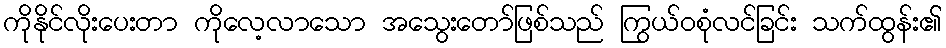
ကိုနိုင်လိုးပေးတာ ကိုလေ့လာသော အသွေးတော်ဖြစ်သည် ကြွယ်ဝစုံလင်ခြင်း သက်ထွန်း၏